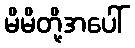
မိမိတို့အပေါ်